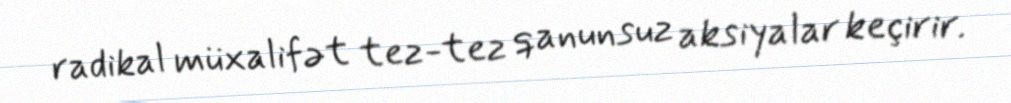
radikal müxalifət tez-tez qanunsuz aksiyalar keçirir.